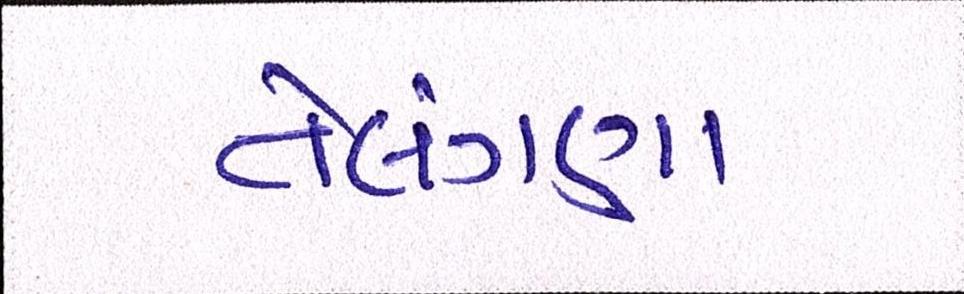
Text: તેલંગણા